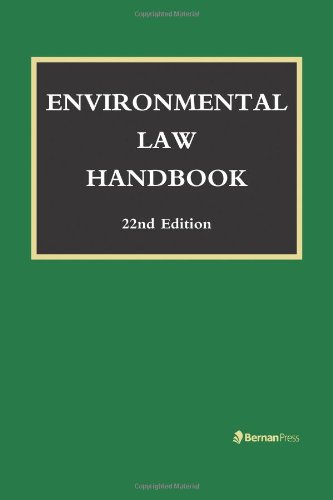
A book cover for Environmental Law Handbook; Christopher L. Bell; Law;